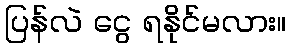
ပြန်လဲ ငွေ ရနိုင်မလား။